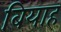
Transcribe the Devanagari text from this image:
बियाह